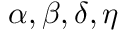
\alpha , \beta , \delta , \eta